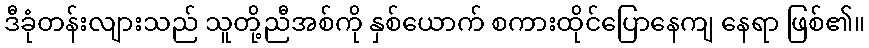
ဒီခုံတန်းလျားသည် သူတို့ညီအစ်ကို နှစ်ယောက် စကားထိုင်ပြောနေကျ နေရာ ဖြစ်၏။